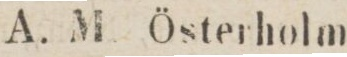
282    A. M. Österholm.